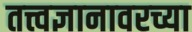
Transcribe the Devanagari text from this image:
तत्त्वज्ञानावरच्या